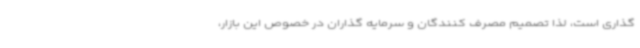
گذاری است، لذا تصمیم مصرف کنندگان و سرمایه گذاران در خصوص این بازار،